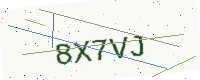
Text: 8X7VJ